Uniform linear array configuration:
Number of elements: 16
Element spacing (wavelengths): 0.5
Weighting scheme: hamming
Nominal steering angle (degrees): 30
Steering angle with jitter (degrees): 30.008
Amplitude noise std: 0.05
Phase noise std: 0.05

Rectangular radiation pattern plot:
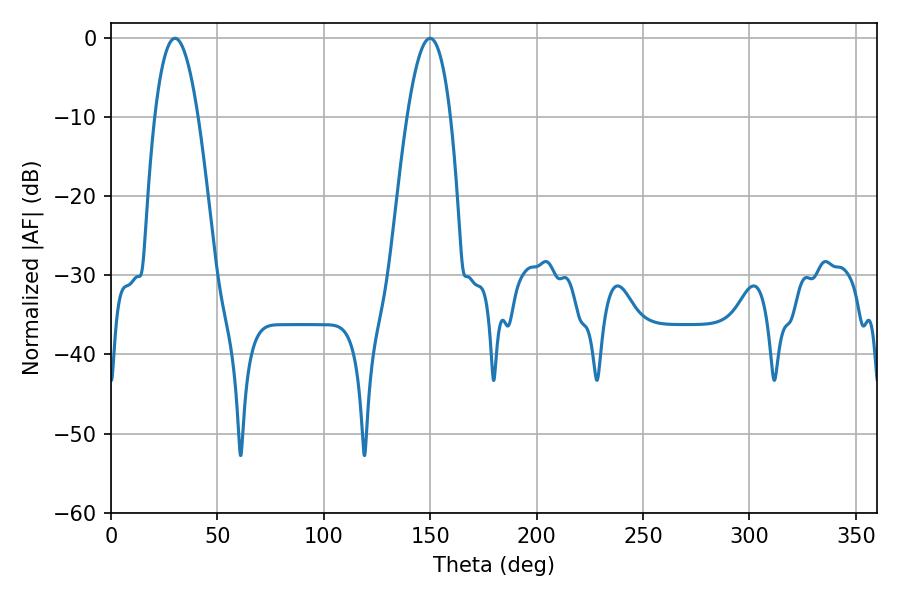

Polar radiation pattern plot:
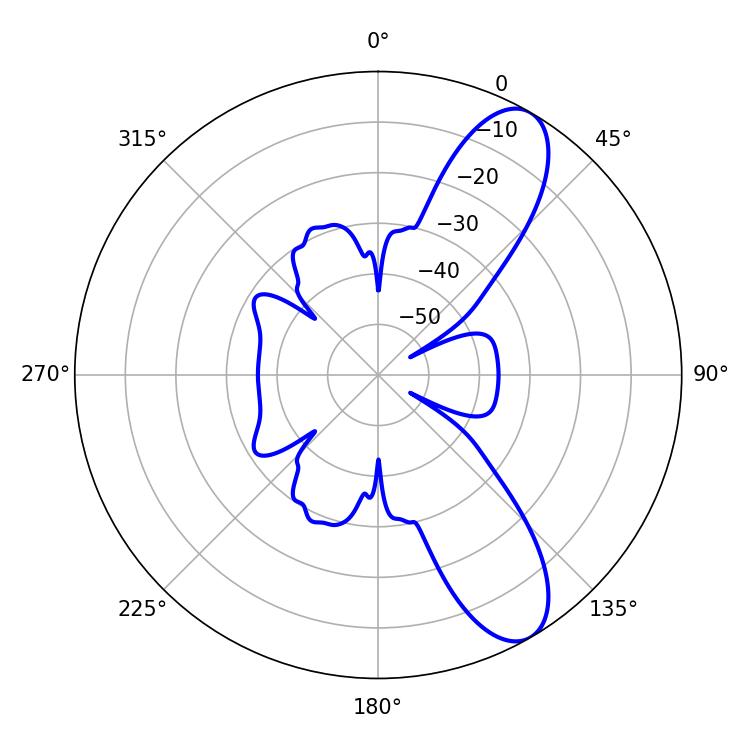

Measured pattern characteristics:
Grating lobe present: FALSE
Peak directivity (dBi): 9.748
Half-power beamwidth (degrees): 11.16
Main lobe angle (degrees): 30.06